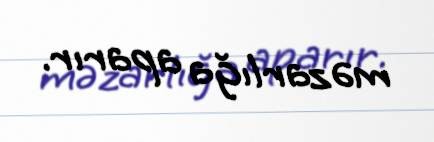
məzarlığa aparır.